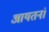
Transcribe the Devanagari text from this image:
आयतनं।